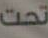
تحت